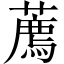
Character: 薦